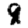
Digit: 8